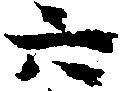
六